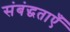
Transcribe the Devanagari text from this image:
संबंद्धताएँ